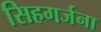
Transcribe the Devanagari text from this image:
सिहगर्जना